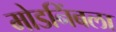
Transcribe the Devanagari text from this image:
मोडनिंबला